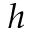
h